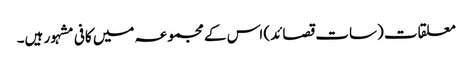
معلقات (سات قصائد) اس کے مجموعہ میں کافی مشہور ہیں۔